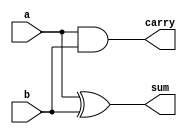
// `timescale 1ns / 1ps

// this is a library of vedic multiplier

// please uncomment the MCC if you want to use Manchester Carry Adder for addition operation 
// the MCC library is writen on mcc.v 

// `define USE_MCC

module ha (a, b, sum, carry);
    input a, b;
    output sum, carry;
    
    assign sum = a ^ b;
    assign carry = a & b;
endmodule

module add_4bit (a, b, sum);
    input [3:0] a, b;
    output [3:0] sum;

    assign sum = a + b;
endmodule

module add_6bit (a, b, sum);
    input [5:0] a, b;
    output [5:0] sum;

    assign sum = a + b;
endmodule

module add_8bit (a, b, sum);
    input [7:0] a, b;
    output [7:0] sum;

    assign sum = a + b;
endmodule

module add_12bit (a, b, sum);
    input [11:0] a, b;
    output [11:0] sum;

    assign sum = a + b;
endmodule

module vedic_2x2 (a, b, c);
    input [1:0]a;
    input [1:0]b;
    output [3:0]c;
    wire [3:0]c;
    wire [3:0]temp;

    assign c[0]=a[0]&b[0]; 
    assign temp[0]=a[1]&b[0];
    assign temp[1]=a[0]&b[1];
    assign temp[2]=a[1]&b[1];
    ha z1(temp[0],temp[1],c[1],temp[3]);
    ha z2(temp[2],temp[3],c[2],c[3]);
endmodule

module vedic_4x4(a,b,c);
    input [3:0]a;
    input [3:0]b;
    output [7:0]c;
    wire [3:0]q0;	
    wire [3:0]q1;	
    wire [3:0]q2;
    wire [3:0]q3;	
    wire [7:0]c;
    wire [3:0]temp1;
    wire [5:0]temp2;
    wire [5:0]temp3;
    wire [5:0]temp4;
    wire [3:0]q4;
    wire [5:0]q5;
    wire [5:0]q6;

    vedic_2x2 z1(a[1:0],b[1:0],q0[3:0]);
    vedic_2x2 z2(a[3:2],b[1:0],q1[3:0]);
    vedic_2x2 z3(a[1:0],b[3:2],q2[3:0]);
    vedic_2x2 z4(a[3:2],b[3:2],q3[3:0]);

    assign temp1 ={2'b0,q0[3:2]};
// `ifdef 
//     mcc_adder #(4) z5(q1[3:0],temp1,q4);
// `else
    add_4bit z5(q1[3:0],temp1,q4);
// `endif 
    
    assign temp2 ={2'b0,q2[3:0]};
    assign temp3 ={q3[3:0],2'b0};
    add_6bit z6(temp2,temp3,q5);

    assign temp4={2'b0,q4[3:0]};
    add_6bit z7(temp4,q5,q6);
    assign c[1:0]=q0[1:0];
    assign c[7:2]=q6[5:0];
endmodule

// module vedic_8x8(a,b,c);
   
// input [7:0]a;
// input [7:0]b;
// output [15:0]c;

// wire [15:0]q0;	
// wire [15:0]q1;	
// wire [15:0]q2;
// wire [15:0]q3;	
// wire [15:0]c;
// wire [7:0]temp1;
// wire [11:0]temp2;
// wire [11:0]temp3;
// wire [11:0]temp4;
// wire [7:0]q4;
// wire [11:0]q5;
// wire [11:0]q6;

// vedic_4x4 z1(a[3:0],b[3:0],q0[15:0]);
// vedic_4x4 z2(a[7:4],b[3:0],q1[15:0]);
// vedic_4x4 z3(a[3:0],b[7:4],q2[15:0]);
// vedic_4x4 z4(a[7:4],b[7:4],q3[15:0]);

// assign temp1 ={4'b0,q0[7:4]};
// add_8bit z5(q1[7:0],temp1,q4);
// assign temp2 ={4'b0,q2[7:0]};
// assign temp3 ={q3[7:0],4'b0};
// add_12bit z6(temp2,temp3,q5);
// assign temp4={4'b0,q4[7:0]};

// add_12bit z7(temp4,q5,q6);

// assign c[3:0]=q0[3:0];
// assign c[15:4]=q6[11:0];
// endmodule